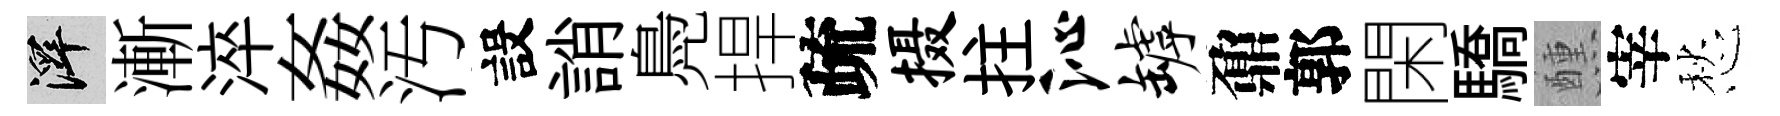
澤漸淬姦汚設誚鳧捍疏摄拄沁罅鼐郭閑驕醺宰愁